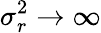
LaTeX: \sigma_{r}^{2}\to\infty